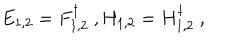
E _ { 1 , 2 } = F _ { 1 , 2 } ^ { \dagger } \ , H _ { 1 , 2 } = H _ { 1 , 2 } ^ { \dagger } \ ,